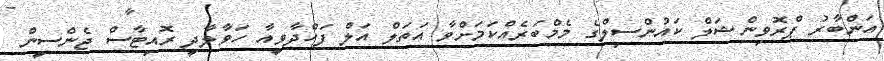
އަންބާރު ޕްރޮވިންޝަލް ކައުންސިލްގެ މެމްބަރެއްކަމަށްވާ އަތަލް އަލް ފަހްދާވީއާ ހަވާލާދީ ރޮއިޓާސް ޖެންސީން